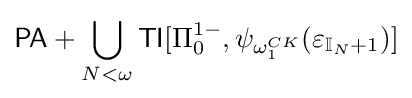
{\mathsf {PA}}+\bigcup \limits _{N<\omega }{\mathsf {TI}}[\Pi _{0}^{1-},\psi _{\omega _{1}^{CK}}(\varepsilon _{\mathbb {I} _{N}+1})]